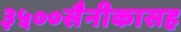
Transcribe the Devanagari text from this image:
३५००सैनीकासह